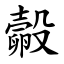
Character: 㲉